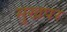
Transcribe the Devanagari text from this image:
सुखपर